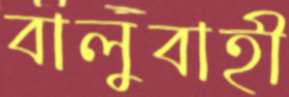
বালুবাহী